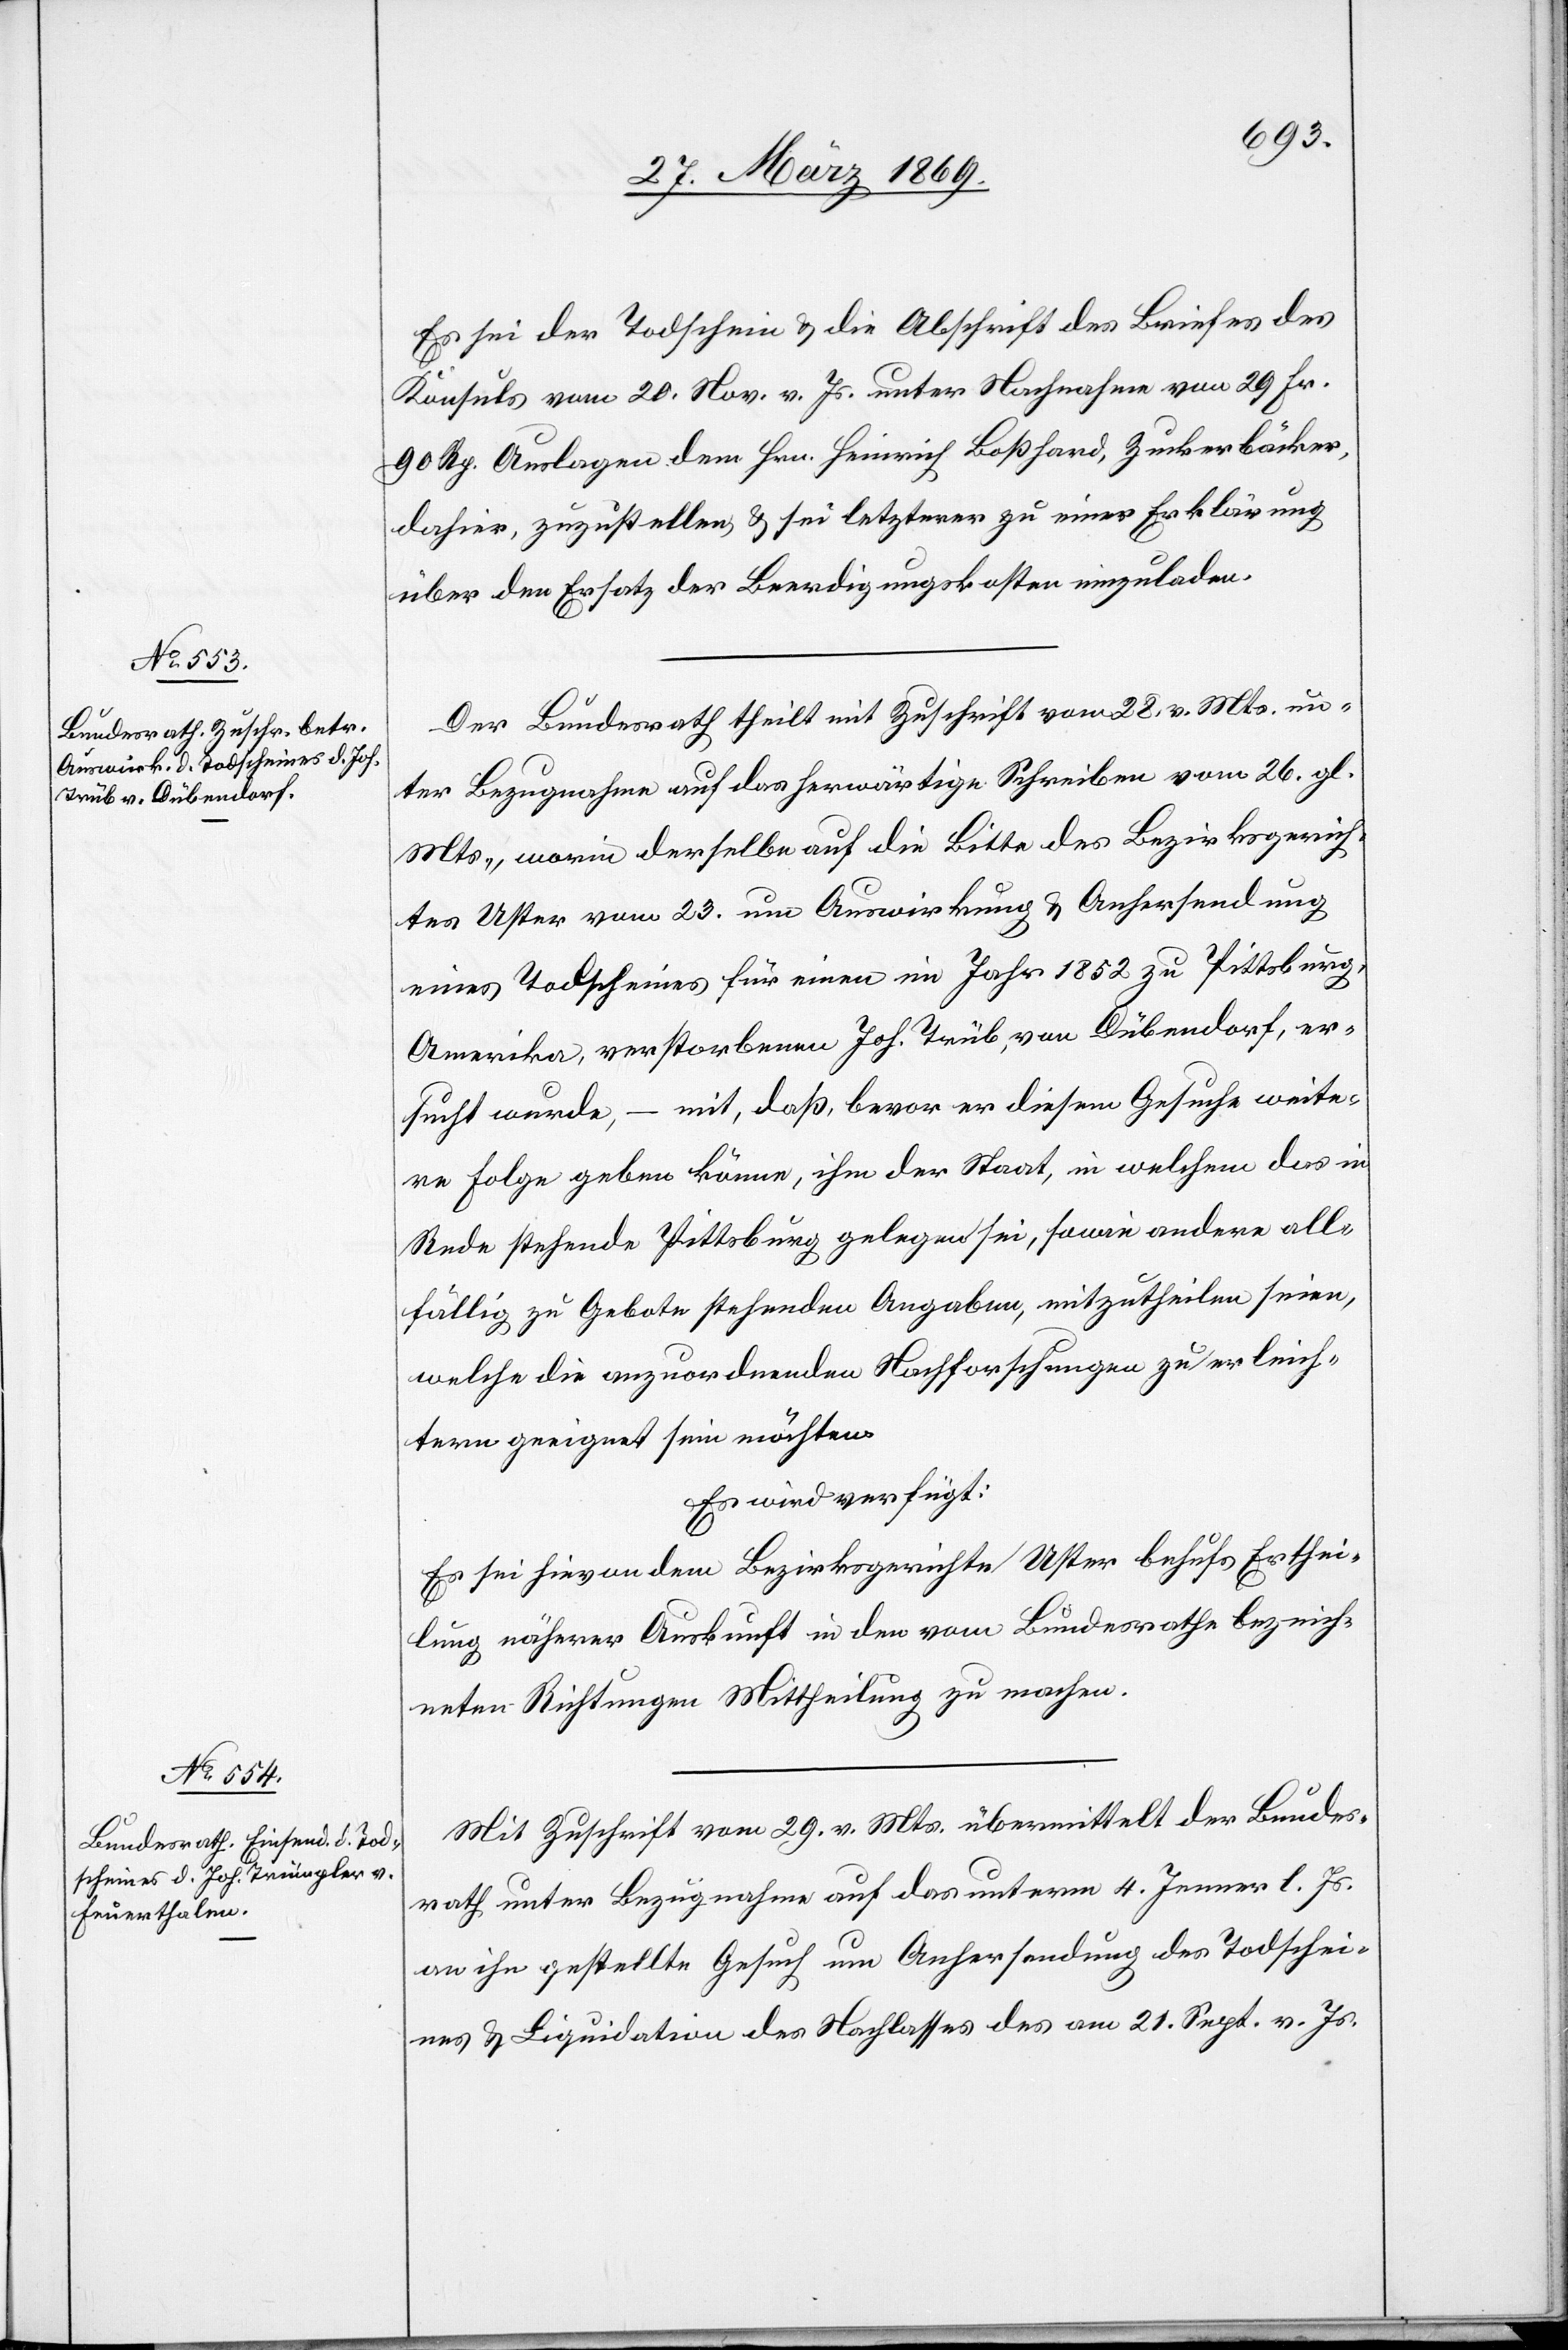
Es sei der Todschein u. die Abschrift des Briefes des
Konsuls vom 20. Nov. v. Js. unter Nachnahme von 29 Fr.
90 Rp. Auslagen dem Hrn. Heinrich Boßhard, Zuckerbäcker,
dahier, zuzustellen, u. sei letzterer zu einer Erklärung
über den Ersatz der Beerdigungskosten einzuladen.
Der Bundesrath theilt mit Zuschrift vom 28. v. Mts. un¬
ter Bezugnahme auf das herwärtige Schreiben vom 26. gl.
Mts., worin derselbe auf die Bitte des Bezirksgerich¬
tes Uster vom 23. um Auswirkung u. Anhersendung
eines Todscheines für einen im Jahr 1852 zu Pittsburg,
Amerika, verstorbenen Joh. Trüb, von Dübendorf, er¬
sucht wurde, – mit, daß, bevor er diesem Gesuche weite¬
re Folge geben könne, ihm der Staat, in welchem das in
Rede stehende Pittsburg gelegen sei, sowie andere alle
fällig zu Gebote stehenden Angaben, mitzutheilen seien,
welche die anzuordnenden Nachforschungen zu erleich¬
tern geeignet sein möchten.
Es wird verfügt:
Es sei hievon dem Bezirksgerichte Uster behufs Erthei¬
lung näherer Auskunft in den vom Bundesrathe bezeich¬
neten Richtungen Mittheilung zu machen.
Mit Zuschrift vom 29. v. Mts. übermittelt der Bundes¬
rath unter Bezugnahme auf das unterm 4. Jenner l. Js.
an ihn gestellte Gesuch um Anhersendung des Todschei¬
nes u. Liquidation des Nachlasses des am 21. Sept. v. Js.